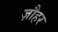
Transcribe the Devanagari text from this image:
ज़ौहर